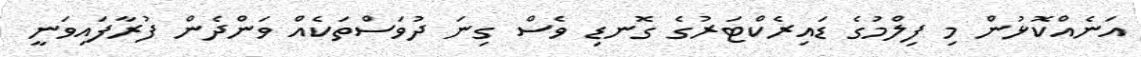
އަނެއްކޮޅުން މި ފިލްމުގެ ޑައިރެކްޓަރުގެ ގޮނޑި ވެސް ގިނަ ދުވަސްތަކެއް ވަންދެން ފުރާފައިވަނީ